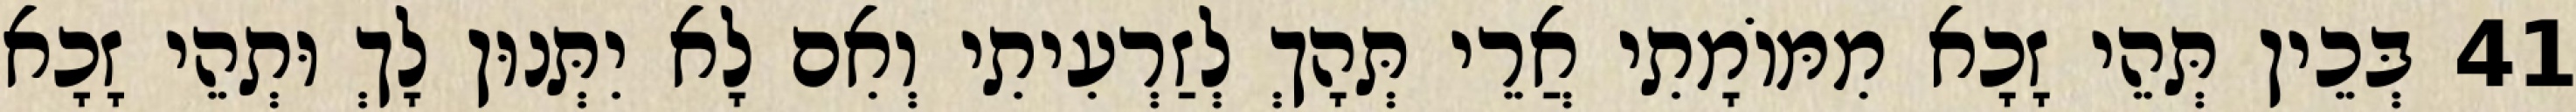
41 בְּכֵין תְּהֵי זָכָא מִמּוֹמָתִי אֲרֵי תְּהָךְ לְזַרְעִיתִי וְאִם לָא יִתְּנוּן לָךְ וּתְהֵי זָכָא